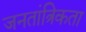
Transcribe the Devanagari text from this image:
जनतांत्रिकता